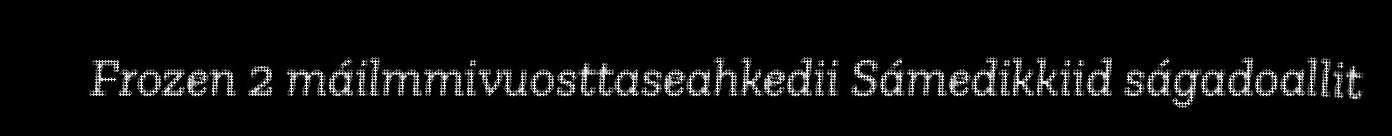
Frozen 2 máilmmivuosttaseahkedii Sámedikkiid ságadoallit